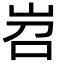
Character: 岧